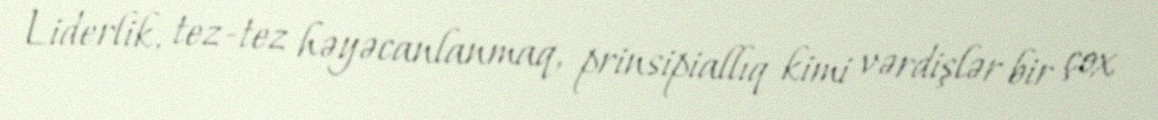
Liderlik, tez-tez həyəcanlanmaq, prinsipiallıq kimi vərdişlər bir çox